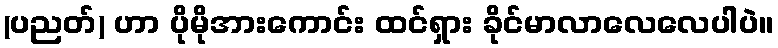
(ပညတ်) ဟာ ပိုမိုအားကောင်း ထင်ရှား ခိုင်မာလာလေလေပါပဲ။